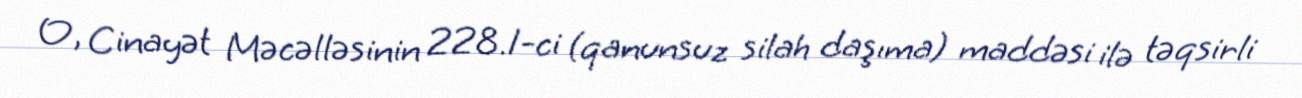
O, Cinayət Məcəlləsinin 228.1-ci (qanunsuz silah daşıma) maddəsi ilə təqsirli